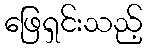
ဖြေရှင်းသည့်